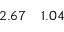
2 . 6 7 \quad 1 . 0 4 \phantom { 0 }